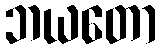
ဘယတော